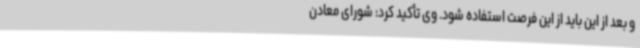
و بعد از این باید از این فرصت استفاده شود. وی تأکید کرد: شورای معادن